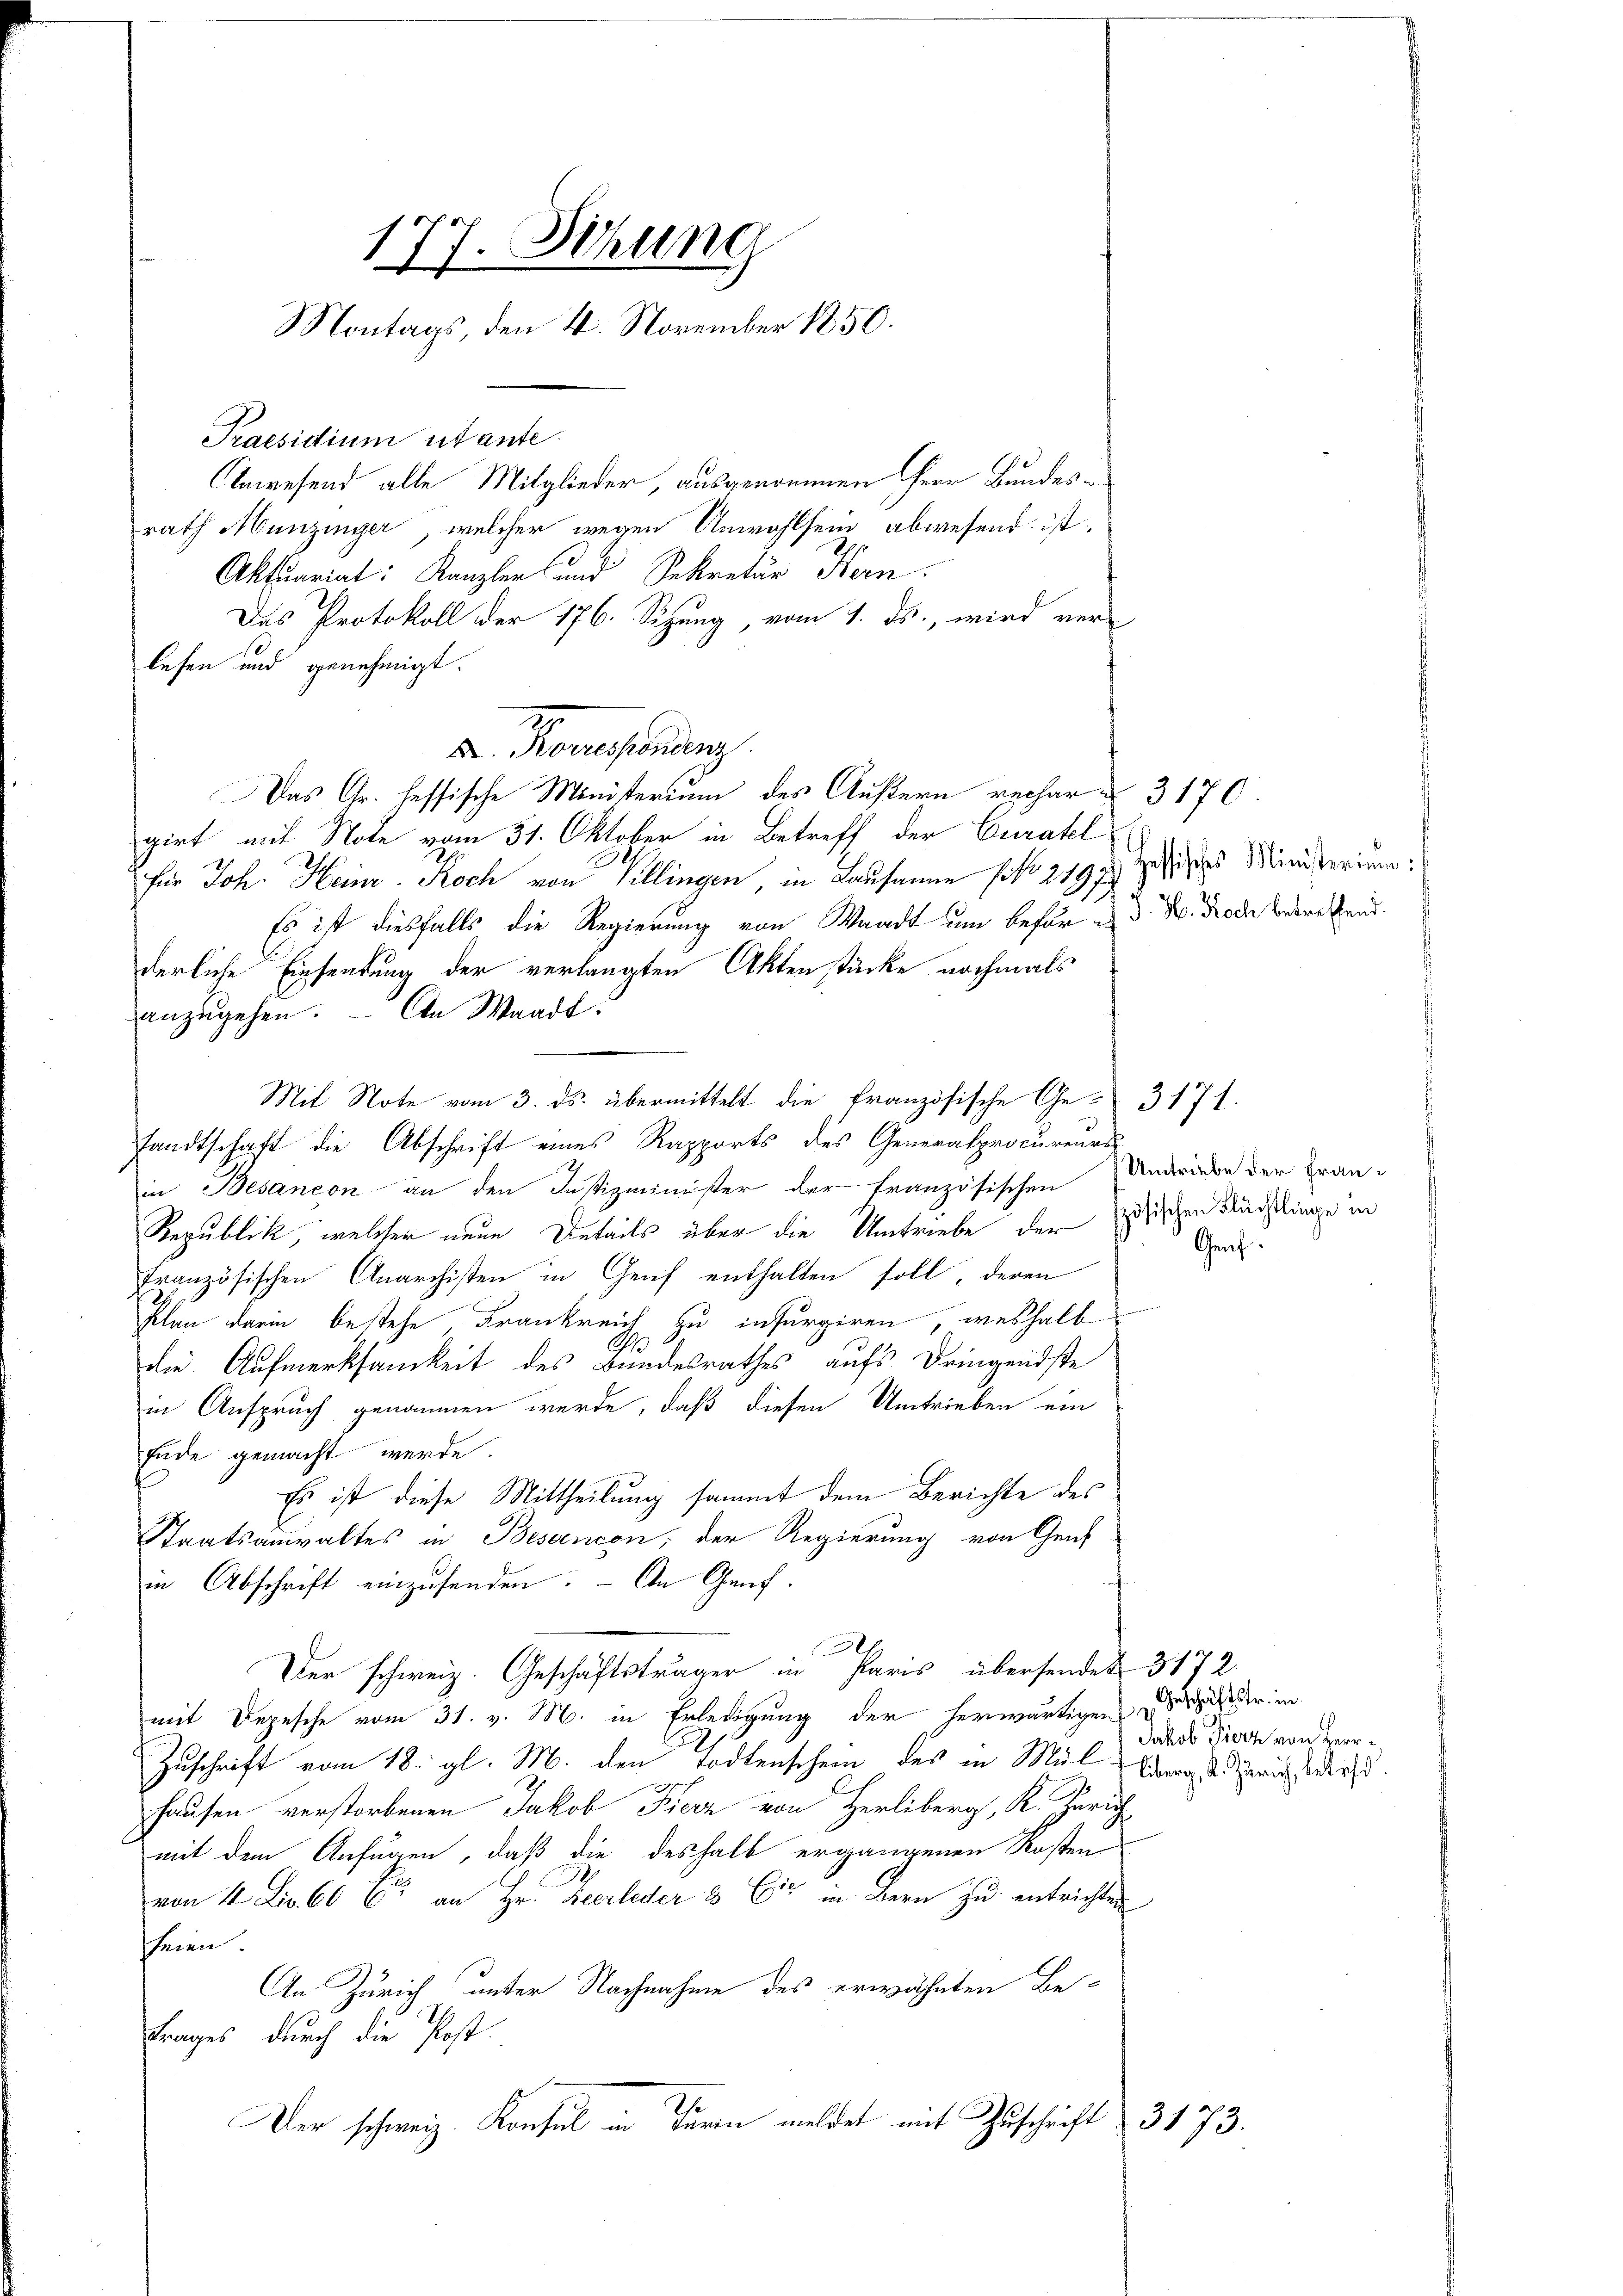
177. Sitzung
Montags, den 4. November 1850.

Praesidium utante.
Anwesend alle Mitglieder, ausgenommen Herr Bundesrath Munzinger, welcher wegen Anwohlsein abwesend ist
Aktuariat: Kanzler und Sekretär Hern.
Das Protokoll der 176. Sitzung, vom 1. ds., wird ver-
lesen und genehmigt.
2
X. Korrespondenz
Das Gr. fessische Ministerium des Äußern rechar d. 3170.
girt mit Note vom 31. Oktober in Betreff der Curatel
für Joh. Heinr. Koch von Villingen, in Lausanne No 2197) Zwisches Ministerium
Es ist diesfalls die Regierung von Waadt um befür in d. M. Brode betretend.
derliche Einsendung der verlangten Aktenstücke nochmals
anzugehen. An Waadt.
Mit Note vom 3. ds. übermittelt die französische Ge- 3171.
sandtschaft die Abschrift eines Rapports des Generalprocureurs
in Besancon an den Justizminister der Französischen Anderiebe der Fran¬
Republick, welcher neue Details über die Umtriebe der zösischen Nächtlinge in
französischen Anarchisten in Genf enthalten soll, deren
Plan darin bestehe, Frankreich zu infurgiren, weshalb
A
die Aufmerksamkeit des Bundesrathes aufs Dringendste
in Anspruch genommen werde, daß diesen Umtrieben ein
fude gemacht werde.
Es ist diese Mittheilung sammt dem Berichte des
Staatsanwaltes in Bessencon, der Regierung von Gent
in Abschrift einzusenden. An Genf.
x
Der schweiz. Geschäftsträger in Paris übersendet 3172
mit Depesche vom 31. v. M. in Erledigung der herwärtigen der in
Zuschrift vom 18. gl. M. den Todtenschein des in Müllen, d. Zürichstders
Hausen verstorbenen Jakob Fierz von Herliberg, K. Zürich
mit dem Anfügen, daß die deshalb ergangenen Kosten
von 4 Li. 60 C: an Hr. Zeerleder & Cie in Bern zu entrichten
seien.
An Zürich unter Nachnahme des erwähnten Be-
Frages durch die Post.
Der schweiz. Konsul in Turin meldet mit Zuschrift 3173.

Genf.

Jakob Fierz von Herr